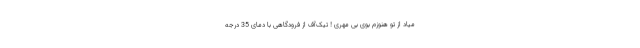
میاد از تو هنوزم بوی بی مهری ! تیک‌آف از فرودگاهی با دمای 35 درجه